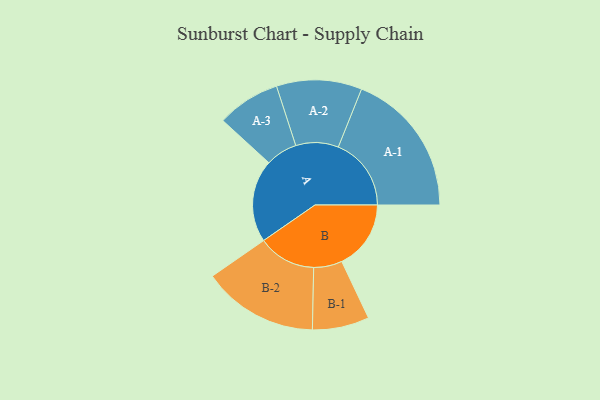
{"axis": {"x": "Segment", "y": "Value"}, "legend": ["", "A", "B"], "data": [{"x": "A", "y": 308, "type": ""}, {"x": "B", "y": 258, "type": ""}, {"x": "A-1", "y": 272, "type": "A"}, {"x": "A-2", "y": 159, "type": "A"}, {"x": "A-3", "y": 118, "type": "A"}, {"x": "B-1", "y": 106, "type": "B"}, {"x": "B-2", "y": 216, "type": "B"}]}